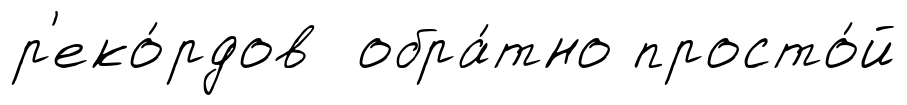
р'еко́рдов обра́тно просто́й